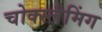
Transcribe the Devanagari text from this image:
चोक्स्लैमिंग